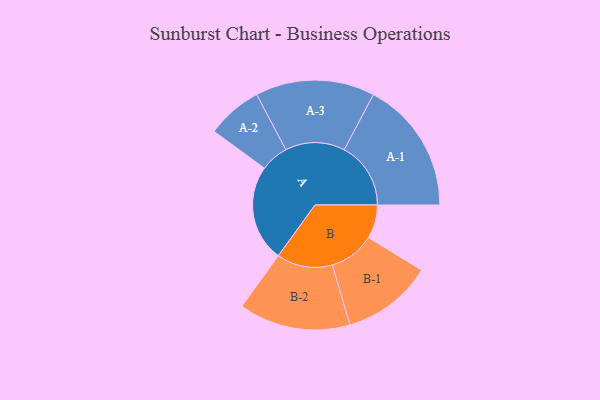
{"axis": {"x": "Segment", "y": "Value"}, "legend": ["", "A", "B"], "data": [{"x": "A", "y": 405, "type": ""}, {"x": "B", "y": 141, "type": ""}, {"x": "A-1", "y": 279, "type": "A"}, {"x": "A-2", "y": 117, "type": "A"}, {"x": "A-3", "y": 250, "type": "A"}, {"x": "B-1", "y": 190, "type": "B"}, {"x": "B-2", "y": 234, "type": "B"}]}